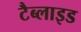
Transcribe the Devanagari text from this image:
टैब्लाइड